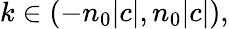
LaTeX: k\in(-n_{0}|c|,n_{0}|c|),